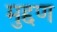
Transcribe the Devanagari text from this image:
मुद्दण